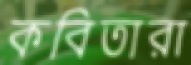
কবিতারা